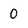
Character: 0